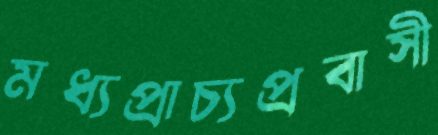
মধ্যপ্রাচ্যপ্রবাসী